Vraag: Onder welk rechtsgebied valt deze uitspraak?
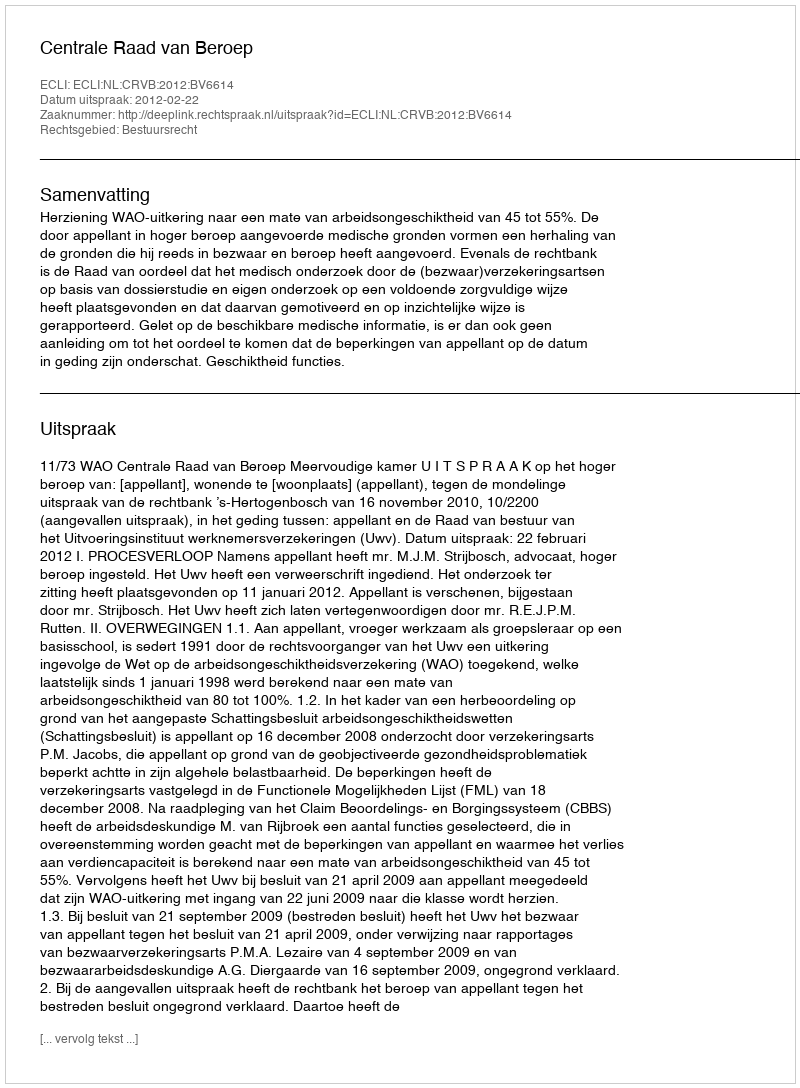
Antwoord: Bestuursrecht